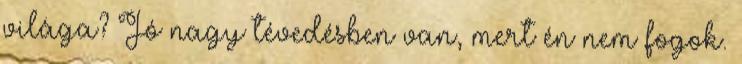
világa? Jó nagy tévedésben van, mert én nem fogok.